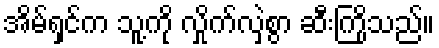
အိမ်ရှင်က သူ့ကို လှိုက်လှဲစွာ ဆီးကြိုသည်။